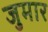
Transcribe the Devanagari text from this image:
जुमार